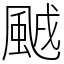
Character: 䬄